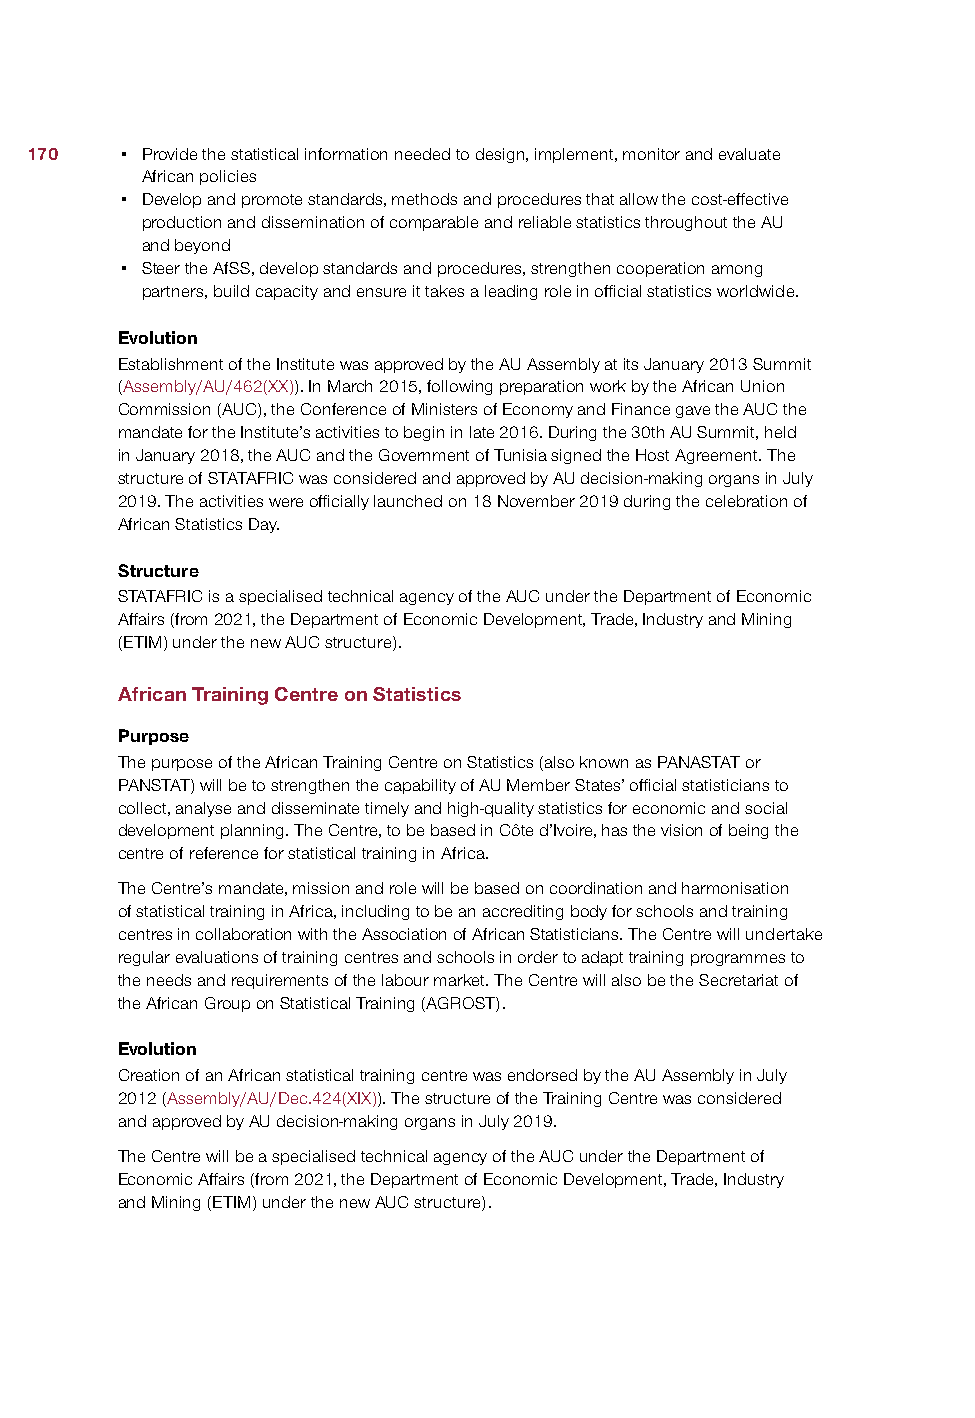
170   • Provide the statistical information needed to design, implement, monitor and evaluate
 African policies
 • Develop and promote standards, methods and procedures that allow the cost-effective
 production and dissemination of comparable and reliable statistics throughout the AU
 and beyond
 • Steer the AfSS, develop standards and procedures, strengthen cooperation among
 partners, build capacity and ensure it takes a leading role in official statistics worldwide.
 Evolution
 Establishment of the Institute was approved by the AU Assembly at its January 2013 Summit
 (Assembly/AU/462(XX)). In March 2015, following preparation work by the African Union
 Commission (AUC), the Conference of Ministers of Economy and Finance gave the AUC the
 mandate for the Institute’s activities to begin in late 2016. During the 30th AU Summit, held
 in January 2018, the AUC and the Government of Tunisia signed the Host Agreement. The
 structure of STATAFRIC was considered and approved by AU decision-making organs in July
 2019. The activities were officially launched on 18 November 2019 during the celebration of
 African Statistics Day.
 Structure
 STATAFRIC is a specialised technical agency of the AUC under the Department of Economic
 Affairs (from 2021, the Department of Economic Development, Trade, Industry and Mining
 (ETIM) under the new AUC structure).
 African Training Centre on Statistics
 Purpose
 The purpose of the African Training Centre on Statistics (also known as PANASTAT or
 PANSTAT) will be to strengthen the capability of AU Member States’ official statisticians to
 collect, analyse and disseminate timely and high-quality statistics for economic and social
 development planning. The Centre, to be based in Côte d’Ivoire, has the vision of being the
 centre of reference for statistical training in Africa.
 The Centre’s mandate, mission and role will be based on coordination and harmonisation
 of statistical training in Africa, including to be an accrediting body for schools and training
 centres in collaboration with the Association of African Statisticians. The Centre will undertake
 regular evaluations of training centres and schools in order to adapt training programmes to
 the needs and requirements of the labour market. The Centre will also be the Secretariat of
 the African Group on Statistical Training (AGROST).
 Evolution
 Creation of an African statistical training centre was endorsed by the AU Assembly in July
 2012 (Assembly/AU/Dec.424(XIX)). The structure of the Training Centre was considered
 and approved by AU decision-making organs in July 2019.
 The Centre will be a specialised technical agency of the AUC under the Department of
 Economic Affairs (from 2021, the Department of Economic Development, Trade, Industry
 and Mining (ETIM) under the new AUC structure).